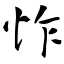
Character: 怍